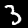
Digit: 3